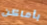
بأماكن